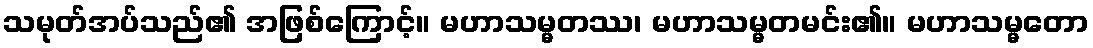
သမုတ်အပ်သည်၏ အဖြစ်ကြောင့်။ မဟာသမ္မတဿ၊ မဟာသမ္မတမင်း၏။ မဟာသမ္မတော